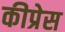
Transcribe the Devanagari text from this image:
कीप्रेस